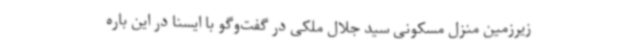
زیرزمین منزل مسکونی سید جلال ملکی در گفت‌وگو با ایسنا در این باره